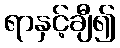
ရာနှင့်ချီ၍